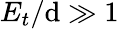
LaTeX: E_{t}/\mathrm{d}\gg1